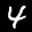
Label: 4